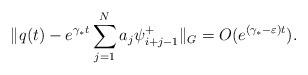
LaTeX: \begin{align*}\Vert q(t)- e^{\gamma_* t} \sum_{j=1}^N a_j \psi^+_{i+j-1} \Vert_G=O(e^{(\gamma_*-\varepsilon) t}).\end{align*}